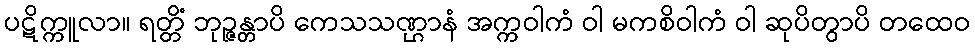
ပဋိက္ကူလာ။ ရတ္တိံ ဘုဉ္ဇန္တာပိ ကေသသဏ္ဌာနံ အက္ကဝါကံ ဝါ မကစိဝါကံ ဝါ ဆုပိတွာပိ တထေဝ